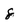
Character: 8